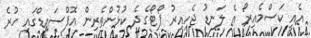
އެއީ ކަސްމެއިރޯ އެ ލަނޑު ޖެހިއިރު ޕޯޓޯގެ ދެ ކުޅުންތެރިން އޮފްސައިޑްގައި ހުރެ